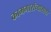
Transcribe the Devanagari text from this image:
कामगारांच्यासाठी